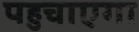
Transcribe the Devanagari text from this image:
पहुचाएगा